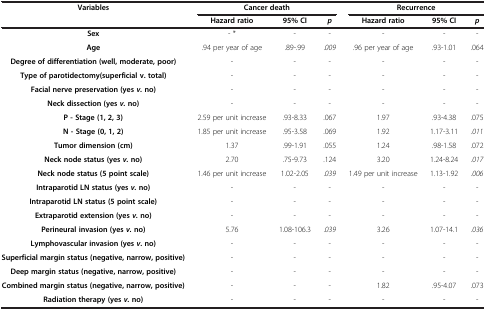
| <ROWSPAN=2> Variables | <COLSPAN=3> Cancer death | <COLSPAN=3> Recurrence |
 | Hazard ratio | 95% CI | p | Hazard ratio | 95% CI | p |
 | --- | --- | --- | --- | --- | --- | --- |
 | Sex | - * | - | - | - | - | - |
 | Age | .94 per year of age | .89-.99 | .009 | .96 per year of age | .93-1.01 | .064 |
 | Degree of differentiation (well, moderate, poor) | - | - | - | - | - | - |
 | Type of parotidectomy(superficial v. total) | - | - | - | - | - | - |
 | Facial nerve preservation (yes v. no) | - | - | - | - | - | - |
 | Neck dissection (yes v. no) | - | - | - | - | - | - |
 | P - Stage (1, 2, 3) | 2.59 per unit increase | .93-8.33 | .067 | 1.97 | .93-4.38 | .075 |
 | N - Stage (0, 1, 2) | 1.85 per unit increase | .95-3.58 | .069 | 1.92 | 1.17-3.11 | .011 |
 | Tumor dimension (cm) | 1.37 | .99-1.91 | .055 | 1.24 | .98-1.58 | .072 |
 | Neck node status (yes v. no) | 2.70 | .75-9.73 | .124 | 3.20 | 1.24-8.24 | .017 |
 | Neck node status (5 point scale) | 1.46 per unit increase | 1.02-2.05 | .039 | 1.49 per unit increase | 1.13-1.92 | .006 |
 | Intraparotid LN status (yes v. no) | - | - | - | - | - | - |
 | Intraparotid LN status (5 point scale) | - | - | - | - | - | - |
 | Extraparotid extension (yes v. no) | - | - | - | - | - | - |
 | Perineural invasion (yes v. no) | 5.76 | 1.08-106.3 | .039 | 3.26 | 1.07-14.1 | .036 |
 | Lymphovascular invasion (yes v. no) | - | - | - | - | - | - |
 | Superficial margin status (negative, narrow, positive) | - | - | - | - | - | - |
 | Deep margin status (negative, narrow, positive) | - | - | - | - | - | - |
 | Combined margin status (negative, narrow, positive) | - | - | - | 1.82 | .95-4.07 | .073 |
 | Radiation therapy (yes v. no) | - | - | - | - | - | - |